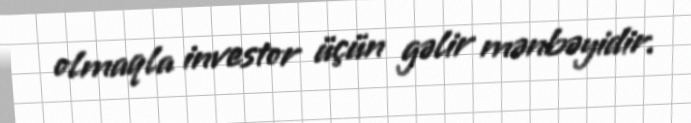
olmaqla investor üçün gəlir mənbəyidir.